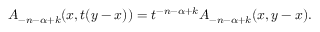
A _ { - n - \alpha + k } ( x , t ( y - x ) ) = t ^ { - n - \alpha + k } A _ { - n - \alpha + k } ( x , y - x ) .